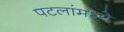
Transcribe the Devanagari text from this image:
पटलांमध्ये